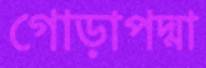
গোড়াপদ্মা